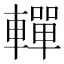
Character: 䡲